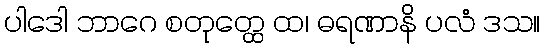
ပါဒေါ ဘာဂေ စတုတ္ထေ ထ၊ ဓရဏာနိ ပလံ ဒသ။